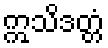
ဣသိဒတ္တံ